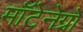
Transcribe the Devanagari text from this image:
मॉटेनेग्रो